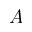
A